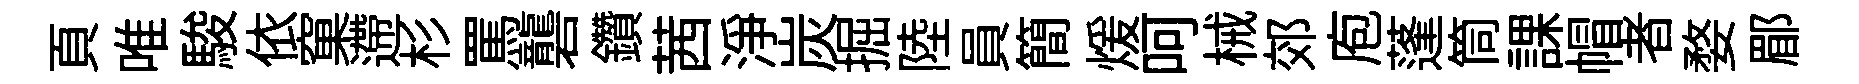
頁唯駿依窠遰杉罵礱鑽茜淨炭掘陸員簡煖呵械郊庖蓬筒課帽者婺郿